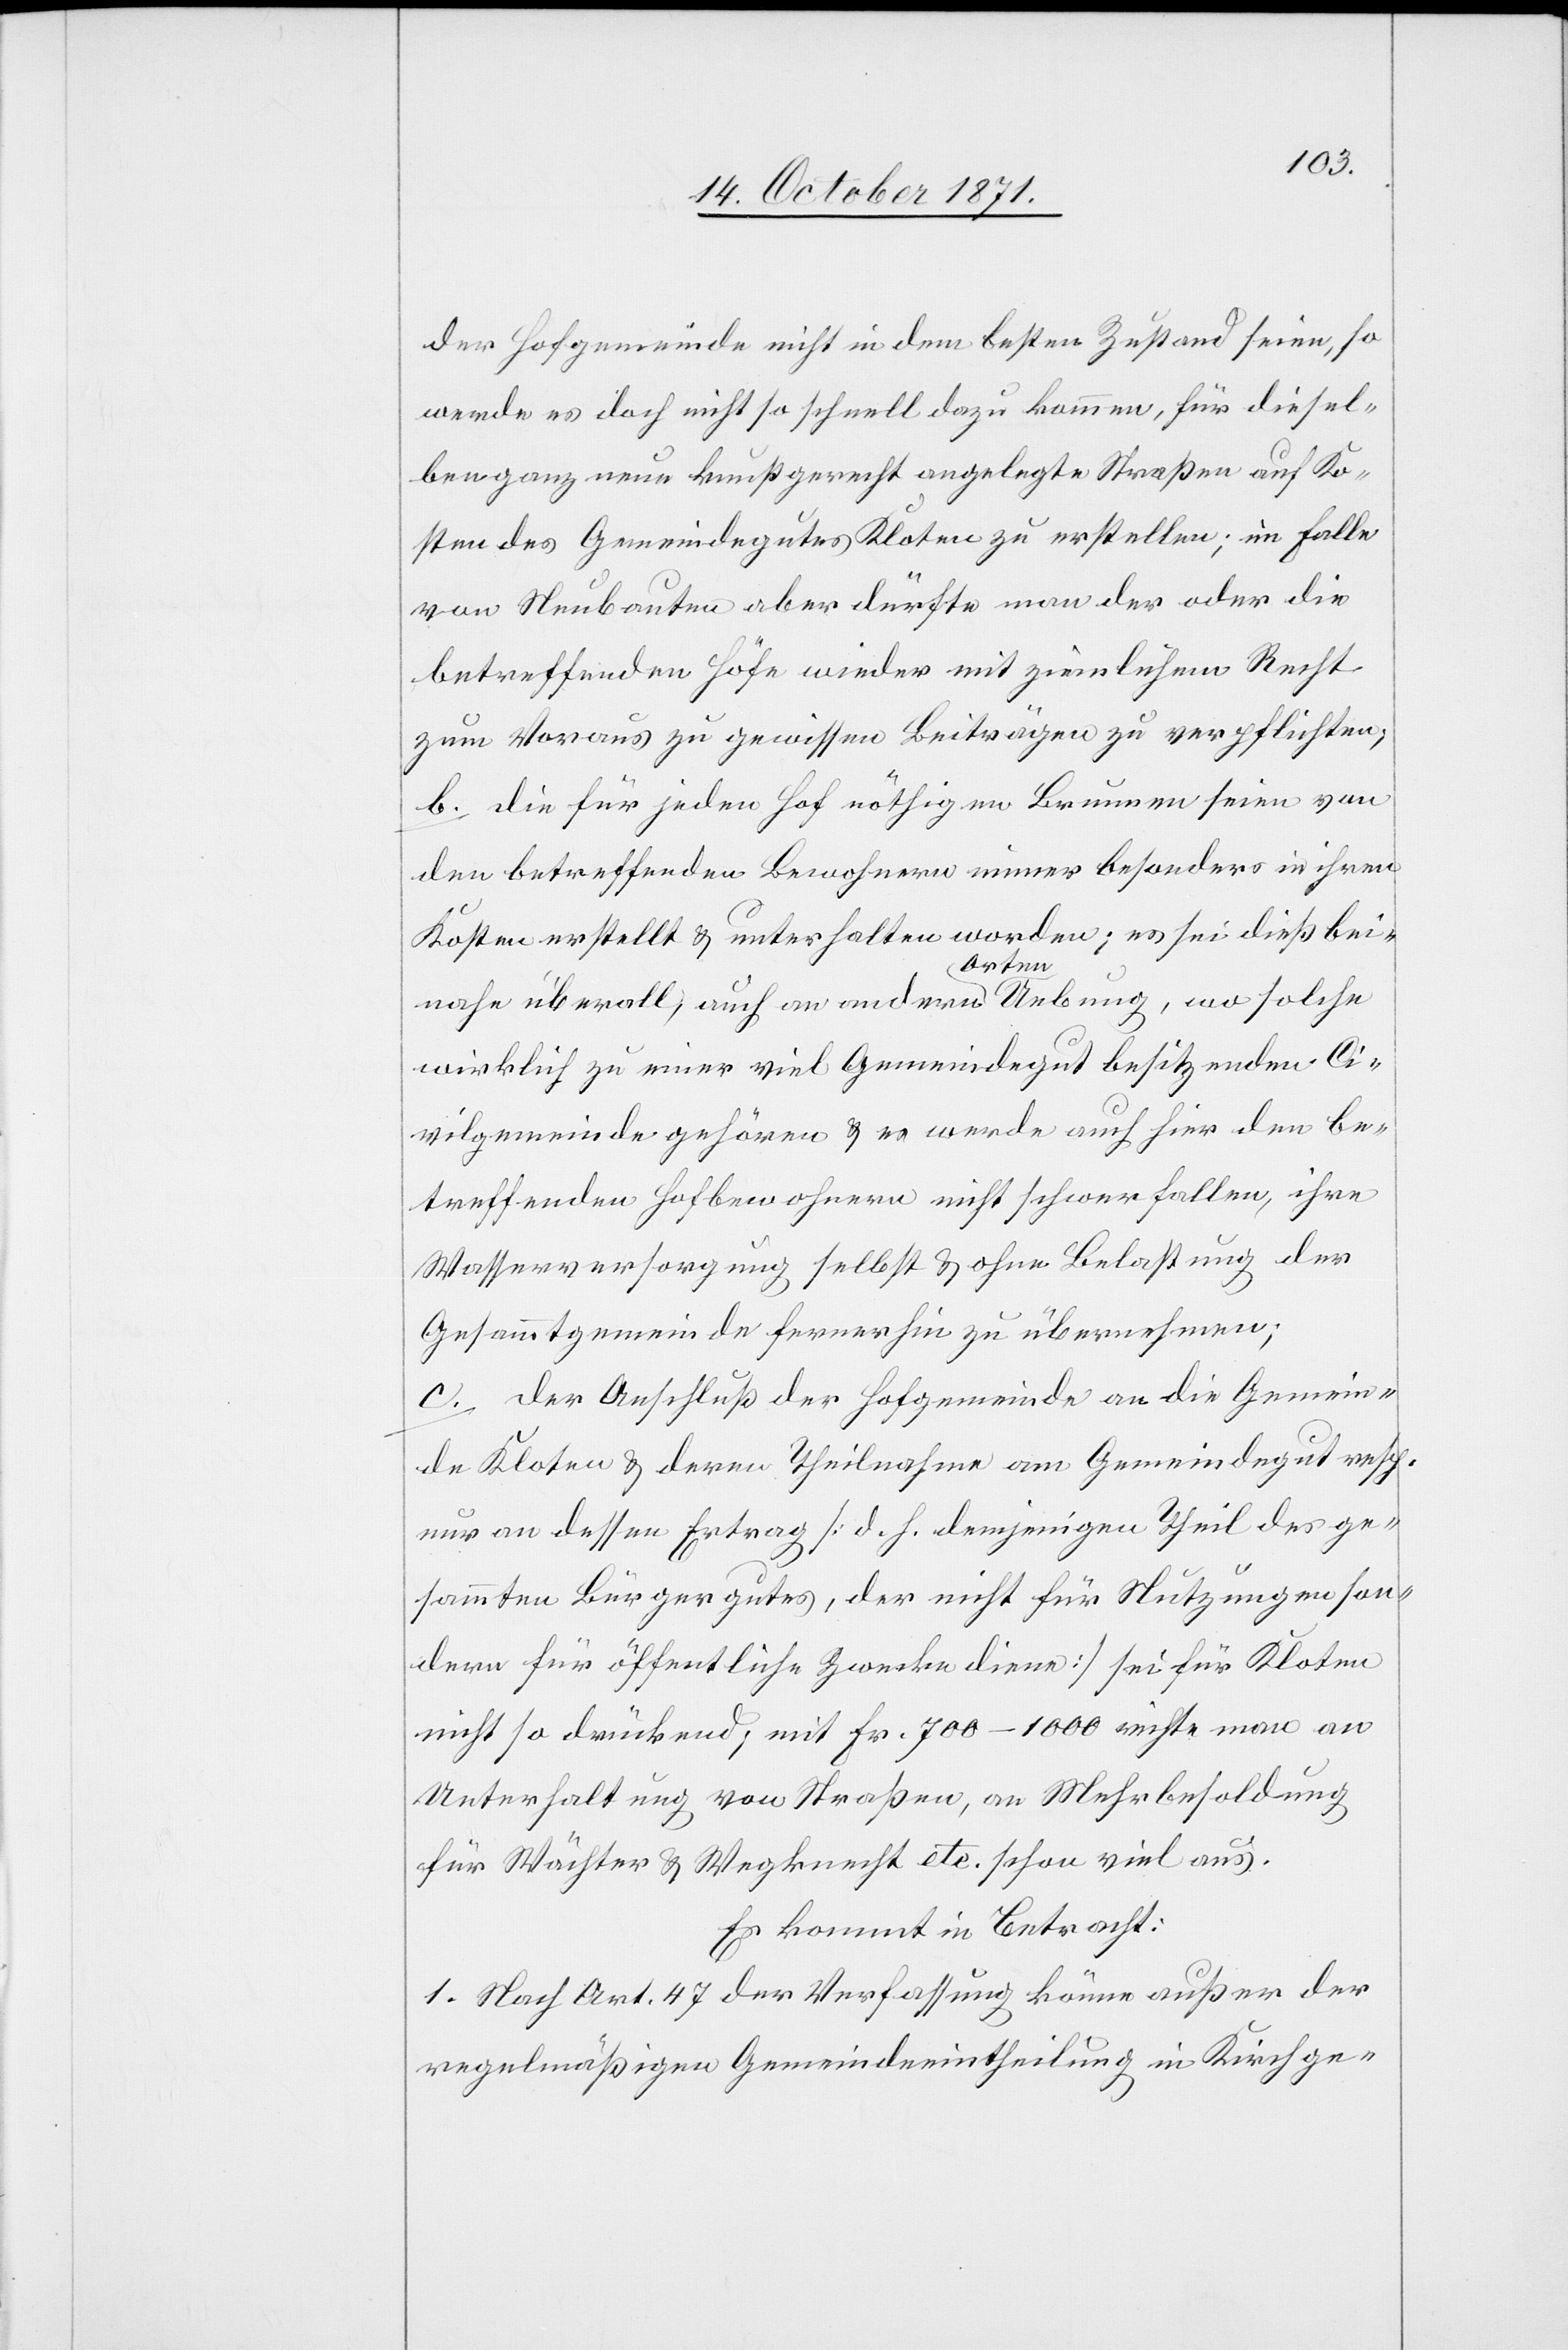
der Hofgemeinde nicht in dem besten Zustand seien, so
werde es doch nicht so schnell dazu kommen, für diesel¬
ben ganz neue kunstgerecht angelegte Straßen auf Ko¬
sten des Gemeindegutes Kloten zu erstellen; im Falle
von Neubauten aber dürfte man der oder die
betreffenden Höfe wieder mit ziemlichem Recht
zum Voraus zu gewissen Beiträgen zu [sic!] verpflichten,
b. die für jeden Hof nöthigen Brunnen seien von
den betreffenden Bewohnern immer besonders in ihren
Kosten erstellt & unterhalten worden; es sei dieß bei¬
nahe überall, auch an andern Orten Uebung, wo solche
wirklich zu einer viel Gemeindegut besitzenden Ci¬
vilgemeinde gehören & es werde auch hier den be¬
treffenden Hofbewohnern nicht schwer fallen, ihre
Wasserversorgung selbst & ohne Belastung der
Gesammtgemeinde fernerhin zu übernehmen;
c. der Anschluß der Hofgemeinde an die Gemein¬
de Kloten & deren Theilnahme am Gemeindegut resp.
nur an dessen Ertrag [d. h. demjenigen Theil des ge¬
sammten Bürgergutes, der nicht für Nutzungen son¬
dern für öffentliche Zwecke diene] sei für Kloten
nicht so drückend; mit Fr. 700–1000 reichte man an
Unterhaltung von Straßen, an Mehrbesoldung
für Wächter & Wegknecht etc. schon viel aus.
Es kommt in Betracht:
1. Nach Art. 47 der Verfassung könne[n] außer der
regelmäßigen Gemeindeintheilung in Kirchge-